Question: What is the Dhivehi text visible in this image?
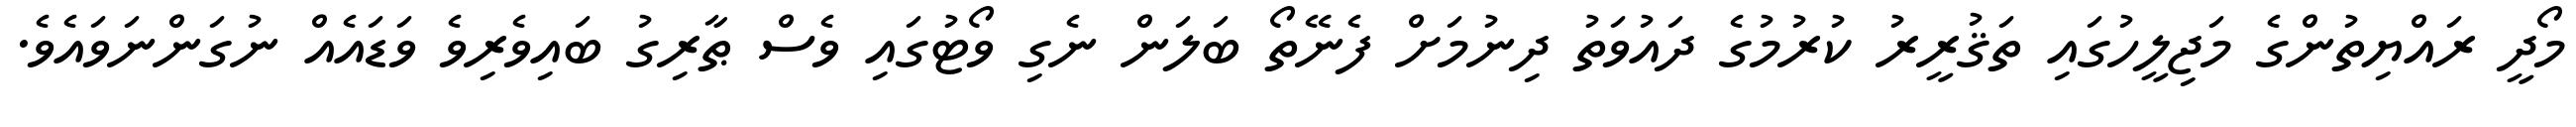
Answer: މޯދީ ރައްޔިތުންގެ މަޖިލީހުގައި ތަޤުރީރު ކުރުމުގެ ދައުވަތު ދިނުމަށް ފެނޭތޯ ބަލަން ނެގި ވޯޓުގައި ވެސް ޠާރިގު ބައިވެރިވެ ވަޑައެއް ނުގަންނަވައެވެ.